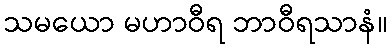
သမယော မဟာဝီရ ဘာဝီရသာနံ။